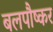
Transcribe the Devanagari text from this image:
बलपौष्कर